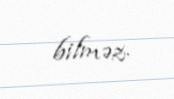
bilməz.